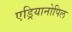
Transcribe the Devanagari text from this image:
एड्रियानोपिल